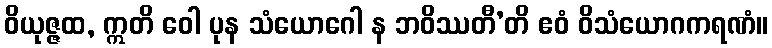
ဝိယုဇ္ဇထ, ဣတိ ဝေါ ပုန သံယောဂေါ န ဘဝိဿတီ’တိ ဧဝံ ဝိသံယောဂကရဏံ။